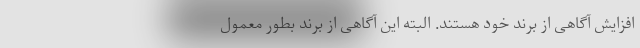
افزایش آگاهی از برند خود هستند. البته این آگاهی از برند بطور معمول